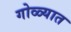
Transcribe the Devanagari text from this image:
गोळ्यात